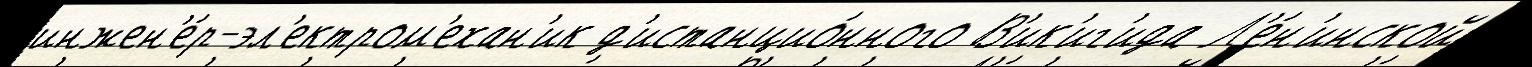
инжен'е́р-эл'ектром'ехан'ик д'истанцио́нного В'ик'иг'ида Л'е́н'инской